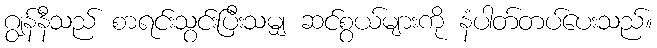
ဂျွန်နီသည် စာရင်းသွင်းပြီးသမျှ ဆင်စွယ်များကို နံပါတ်တပ်ပေးသည်။